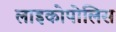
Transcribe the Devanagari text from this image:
लाइकोपोलिस